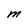
Character: m